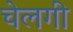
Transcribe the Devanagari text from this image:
चेलगी